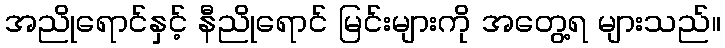
အညိုရောင်နှင့် နီညိုရောင် မြင်းများကို အတွေ့ရ များသည်။